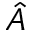
\hat { A }